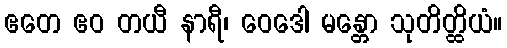
ဧတေ ဧဝ တယီ နာရီ၊ ဝေဒေါ မန္တော သုတိတ္ထိယံ။